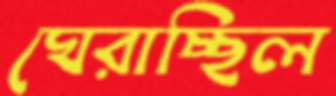
ঘেরাচ্ছিল